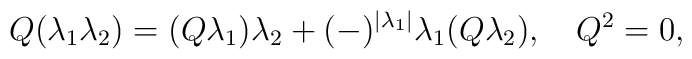
Q(\lambda_1\lambda_2)=(Q\lambda_1)\lambda_2                       +(-)^{|\lambda_1|}\lambda_1(Q\lambda_2), \quad  Q^2 = 0,